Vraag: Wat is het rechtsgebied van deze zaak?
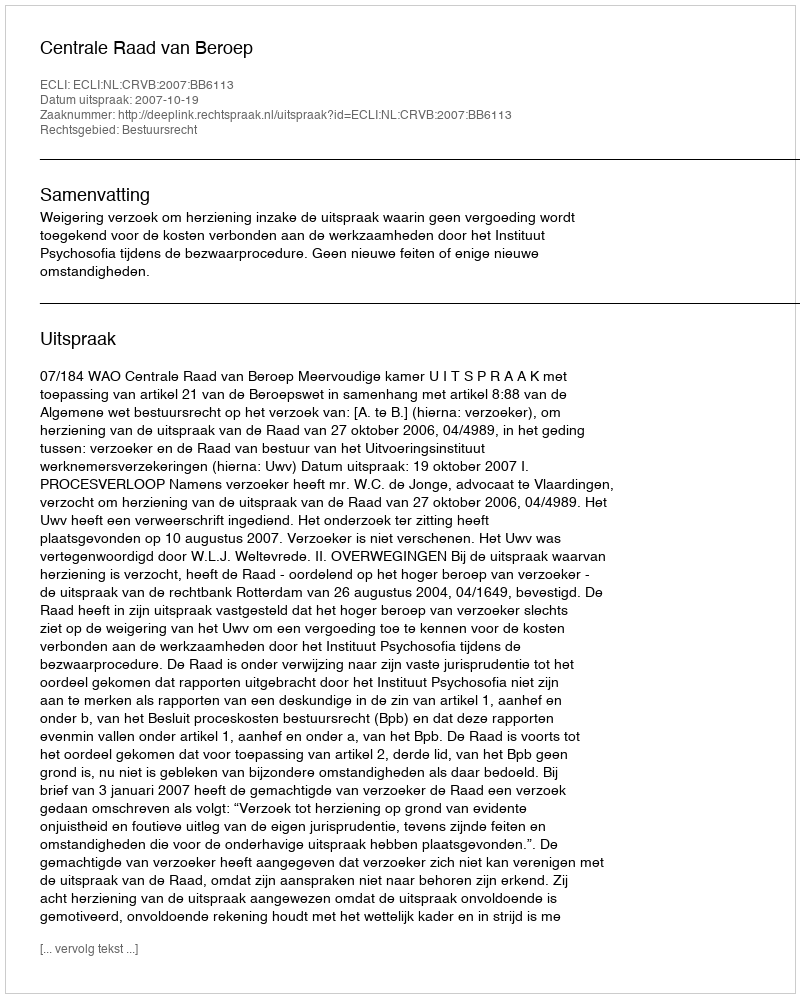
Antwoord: Bestuursrecht